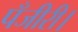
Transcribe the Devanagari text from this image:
पँजीरी।